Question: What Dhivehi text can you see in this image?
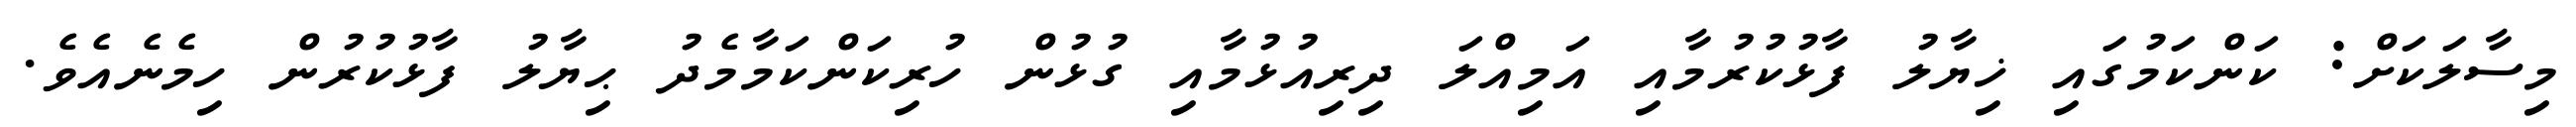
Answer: މިސާލަކަށް: ކަންކަމުގައި ޚިޔާލު ފާޅުކުރުމާއި އަމިއްލަ ދިރިއުޅުމާއި ގުޅުން ހުރިކަންކަމާމެދު ޙިޔާލު ފާޅުކުރުން ހިމެނެއެވެ.